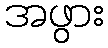
အဖွား